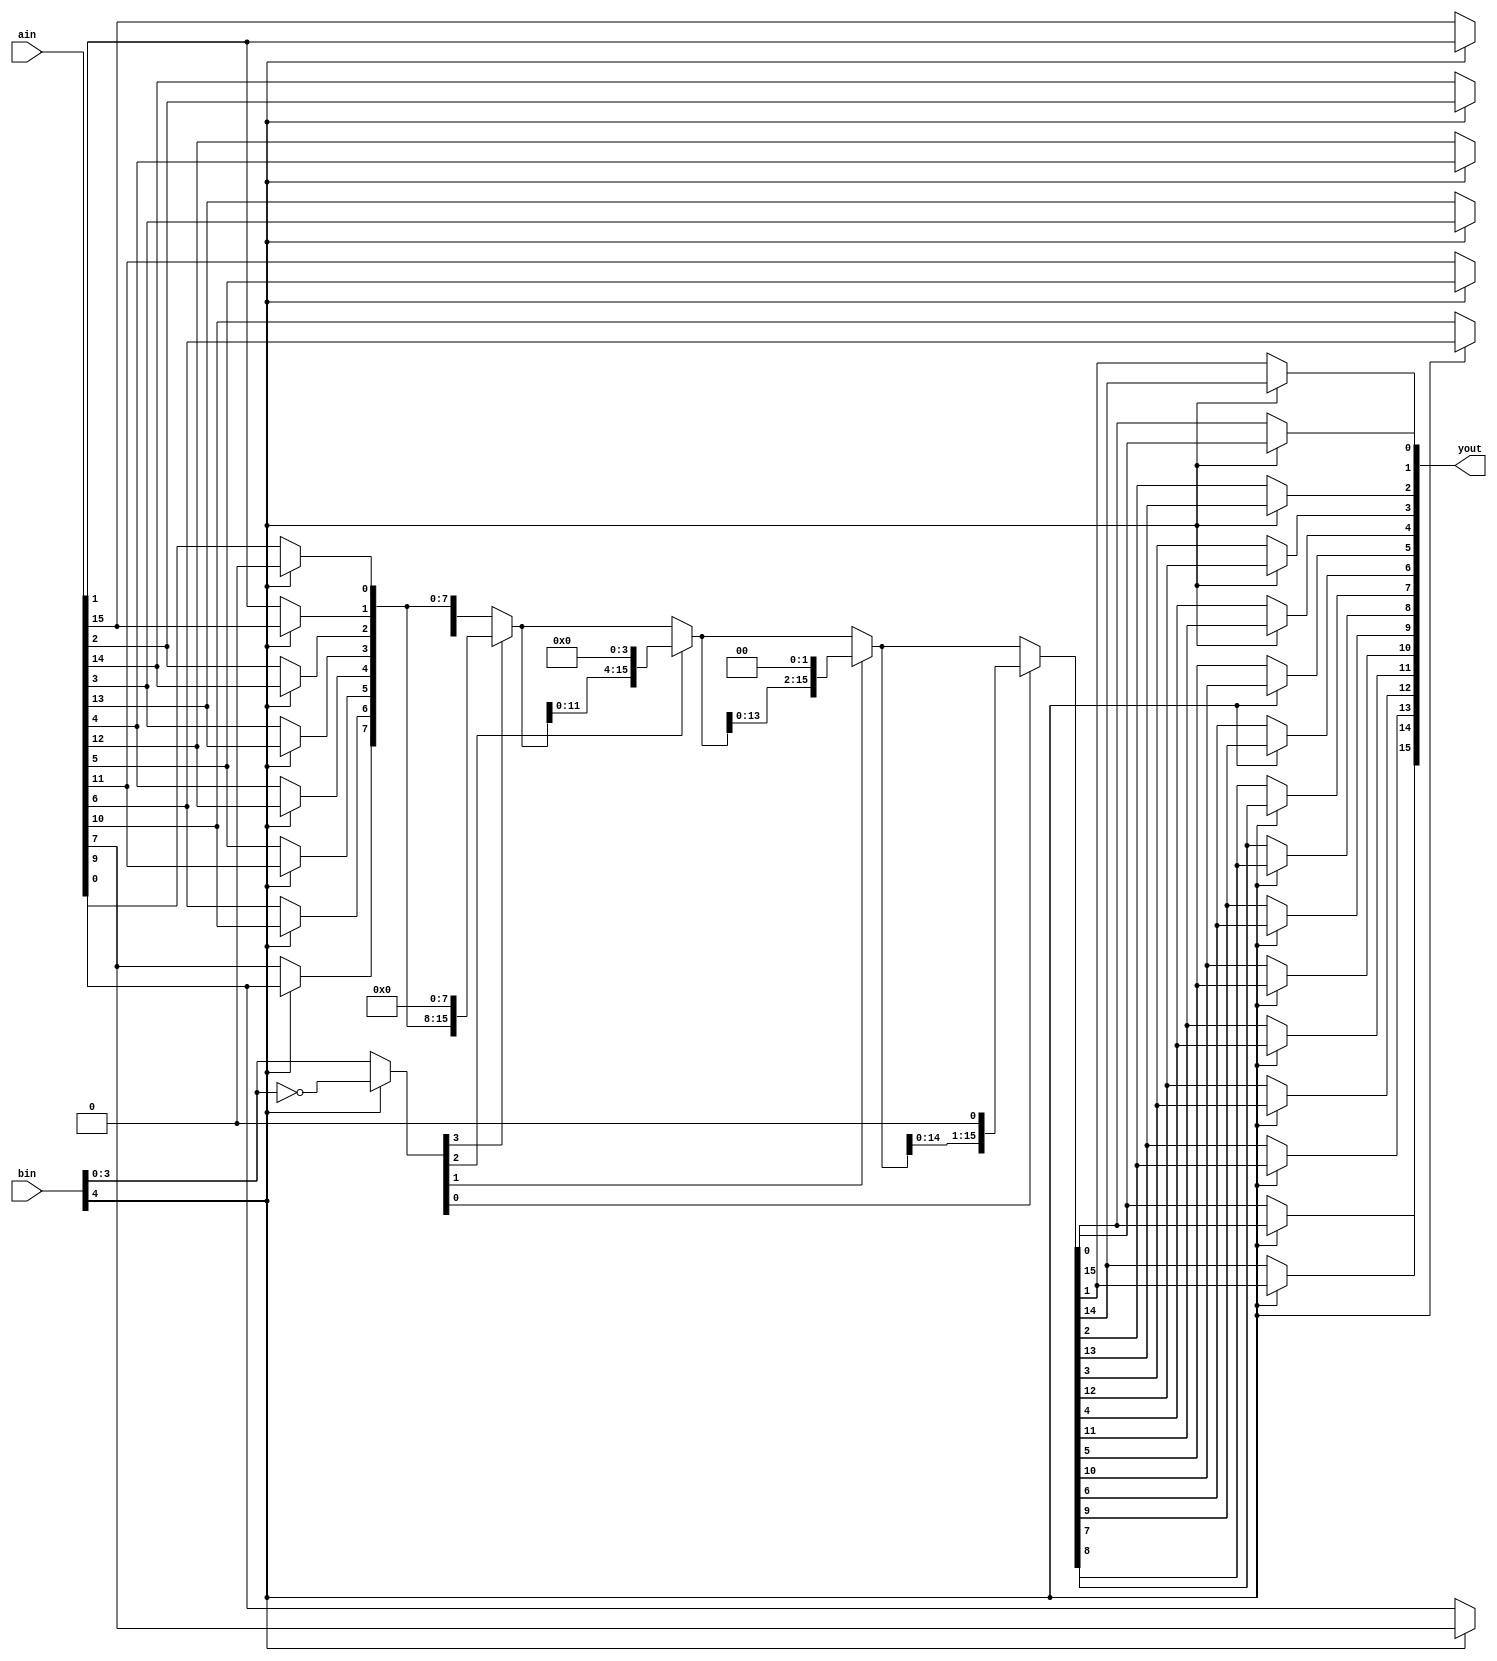
module shifter
	(
	 output [15:0] yout,
	 input [15:0] ain,
	 input [4:0] bin
    );
	
	 wire [15:0] inter0;
	 wire [15:0] inter1;
	 wire [15:0] inter2;
	 wire [15:0] inter3;
	 wire [15:0] inter4;
	 wire [3:0] bin2;
	 
	 assign bin2 = (bin[4]) ? (~bin[3:0]):(bin[3:0]);
	 
	 // Reverse bits if negative
	 genvar i;
	 generate
		for(i=1;i<16;i=i+1) begin : REVERSE_INPUT
			assign inter0[i] = (bin[4])?(ain[16-i]):(ain[i]);
		end
	 endgenerate
	 // Assign first bit
	 assign inter0[0] = (bin[4])?(1'b0):(ain[0]);
	 
	 // Shift by 8
	 assign inter1 = (bin2[3])? (inter0 << 8):(inter0);
	 
	 // Shift by 4
	 assign inter2 = (bin2[2])? (inter1 << 4):(inter1);
	 
	 // Shift by 2
	 assign inter3 = (bin2[1])? (inter2 << 2):(inter2);
	 
	 // Shift by 1
	 assign inter4 = (bin2[0])? (inter3 << 1):(inter3);
	 
	 
	 // Assign output
	 generate
		for(i=0;i<16;i=i+1) begin : REVERSE_OUTPUT
			assign yout[i] = (bin[4])?(inter4[15-i]):(inter4[i]);
		end
	 endgenerate
	

endmodule